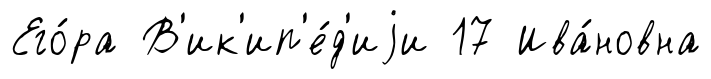
Его́ра В'ик'ип'е́д'иjи 17 Ива́новна